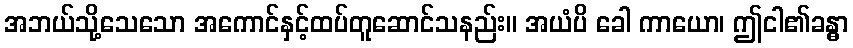
အဘယ်သို့သေသော အကောင်နှင့်ထပ်တူဆောင်သနည်း။ အယံပိ ခေါ ကာယော၊ ဤငါ၏ခန္ဓာ